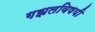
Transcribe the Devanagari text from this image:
गझलविषयी